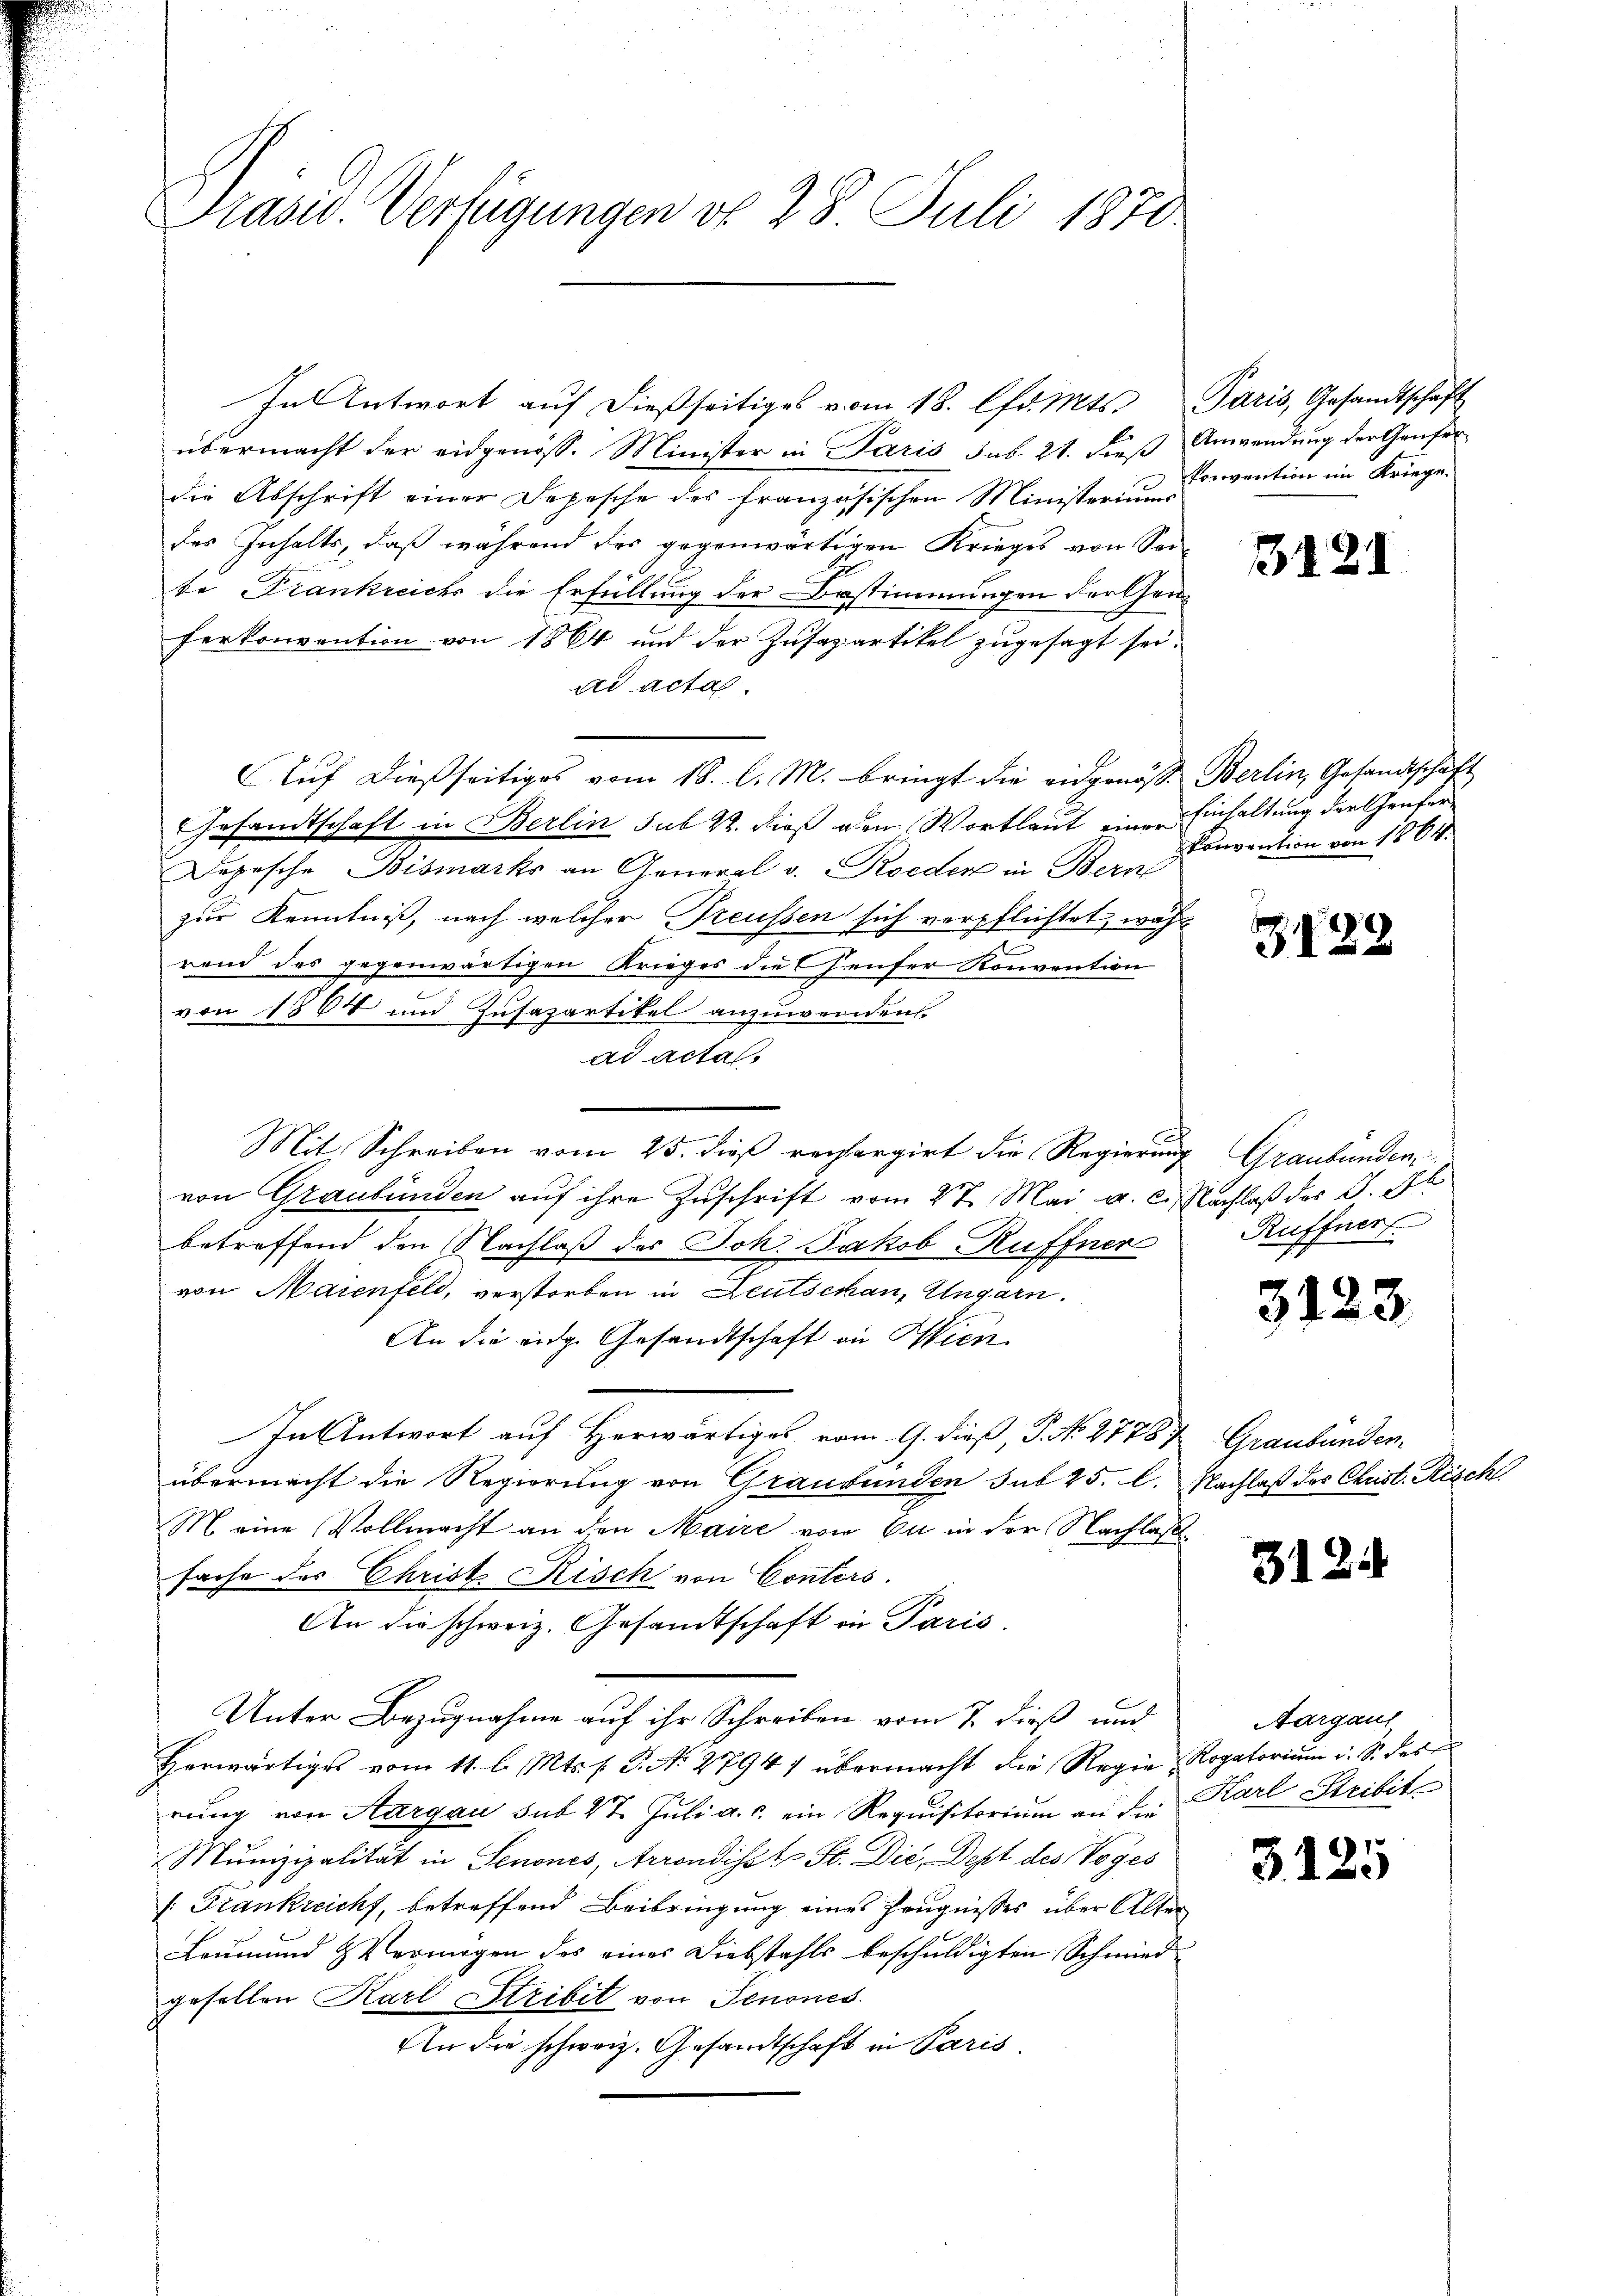
Prasw. Verfügungen do 28 Juli 1870

In Antwort auf dießseitiges vom 18. lfd. Mts.
übermacht der eidgenöss. Minister in Paris sub. 21. dieß
die Abschrift einer Depesche des französischen Ministeriums
des Inhalts, daß während des gegenwärtigen Krieges von So
te Frankreichs die Erfüllung der Bestimmungen der Geferkonvention von 1864 und der Zusapartikel zugesagt sei
ad acta.
Auf dießseitiges vom 18. l. M. bringt die eidgenöss. Berlin, Gesandtschaft
GGesandtschaft in Berlin sub. 4. dieß den Wortlaut eine Einhaltung der Genfer
Depesche Bismarks an General v. Roeden in Bern
zur Kenntniß, nach welcher Freussen sich verpflichtet, was
rend das gegenwärtigen Krieges die Censer Konvention
von 1864 und Zusapartikel anzuwenden
ad acta.
.
Mit Schreiben vom 25. dieß rechargirt die Regierung
von Graubünden auf ihre Zuschrift vom 27. Mai a. c.
betreffend den Nachlaß des Joh. Jakob Ruffner
von Maienfeld, verstorben in Leutschan, Ungarn.
An die eidg. Gesandtschaft in Wien
In Antwort auf Herwärtiges vom 9. dieß, P. No. 27787 Graubünden-
übermacht die Regierung von Graubünden sub 25. l.
M. eine Vollmacht an den Maire vom Ei in der Nachlag
sache des Christ Risch von Conters.
An die schweiz. Gesandtschaft in Paris.
Unter Bezugnahme auf ihr Schreiben vom 7. dieß und
Herwärtiges vom 11. l. Mts. f. P. N. 27947 übermacht die Regierung von Aargau sub 27. Juli a. c. ein Requisitorium an die
Munizipalität in Senones, Arrondisst St. Die Dept des Voges
v. Frankreicht, betreffend Beibringung eines Zeugnisses über Alt¬
Leumund Vermögen des eines Diebstahls beschuldigten Schmied
gesellen Karl Stribit von Senones
An die schweiz. Gesandtschaft in Paris.

Paris, Gesandtschaft
Anwendung der Genfer¬
Porovention im Kriege.

E

121

Convention von 1864.

312

Graubünden
Nachlaß des J. J.
Ruffner

3123.

Nachlaß des Christ. Risch.

3124

Aargaul
Rogatorium i. So fest
Karl Stribit

3125